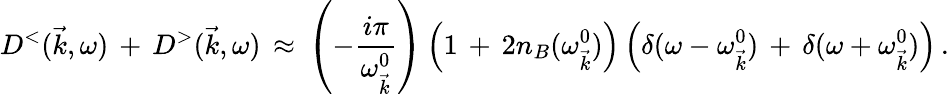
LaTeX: D^{<}(\vec{k},\omega)\, +\, D^{>}(\vec{k},\omega)\, \approx\, \left(-\frac{i\pi}{\omega_{\vec{k}}^{0}}\right)\left(1\, +\, 2n_{B}(\omega_{\vec{k}}^{0})\right)\left(\delta(\omega-\omega_{\vec{k}}^{0})\, +\, \delta(\omega+\omega_{\vec{k}}^{0})\right)\, .